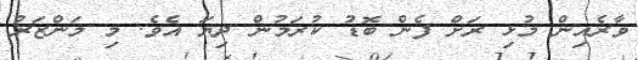
ވާރެއިން މުޅި ރަށް ފެން ބޮޑު ކުރަމުން ދިޔަ އެވެ. މި މަންޒަރު